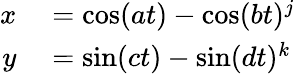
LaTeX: \begin{array}{rl}{x}&{{}=\cos(at)-\cos(bt)^{j}}\\ {y}&{{}=\sin(ct)-\sin(dt)^{k}}\end{array}